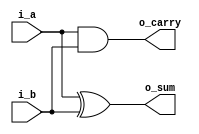
module ha(
    input   wire    i_a,
    input   wire    i_b,
    output  wire    o_sum,
    output  wire    o_carry
);

assign o_sum = i_a ^ i_b;
assign o_carry = i_a & i_b;

endmodule